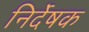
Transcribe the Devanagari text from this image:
निर्देषक